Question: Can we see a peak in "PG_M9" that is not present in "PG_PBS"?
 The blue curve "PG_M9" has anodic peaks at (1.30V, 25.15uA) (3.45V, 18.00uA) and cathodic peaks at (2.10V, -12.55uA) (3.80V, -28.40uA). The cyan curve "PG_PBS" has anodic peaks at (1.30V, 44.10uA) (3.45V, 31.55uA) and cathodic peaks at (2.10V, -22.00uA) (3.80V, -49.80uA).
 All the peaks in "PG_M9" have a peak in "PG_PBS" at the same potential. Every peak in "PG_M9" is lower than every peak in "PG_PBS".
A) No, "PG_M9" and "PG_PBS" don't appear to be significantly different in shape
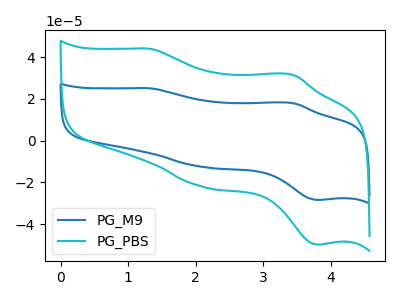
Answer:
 <answer>A) No, "PG_M9" and "PG_PBS" don't appear to be significantly different in shape</answer>
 <eval>A</eval>